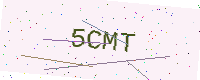
Text: 5CMT